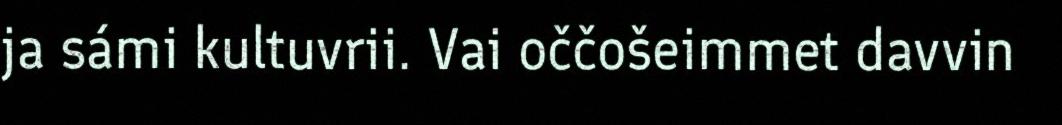
ja sámi kultuvrii. Vai oččošeimmet davvin